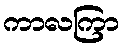
ကာလကြာ